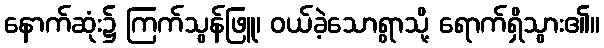
နောက်ဆုံး၌ ကြက်သွန်ဖြူ၊ ဝယ်ခဲ့သောရွာသို့ ရောက်ရှိသွား၏။